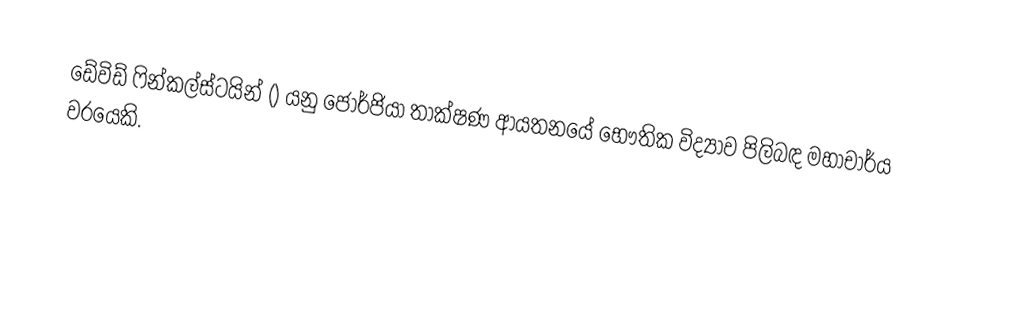
ඩේවිඩ් ෆින්කල්ස්ටයින් () යනු ජෝර්ජියා තාක්ෂණ ආයතනයේ භෞතික විද්‍යාව පිලිබඳ මහාචාර්ය වරයෙකි.